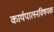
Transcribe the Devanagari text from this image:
कार्यपालनविषयक